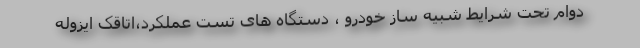
دوام تحت شرایط شبیه ساز خودرو ، دستگاه های تست عملکرد،اتاقک ایزوله